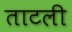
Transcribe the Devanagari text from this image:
ताटली